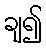
ချ၍